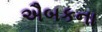
ઐબકના